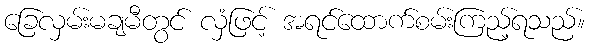
ခြေလှမ်းမချမီတွင် လှံဖြင့် အရင်ထောက်စမ်းကြည့်ရသည်။